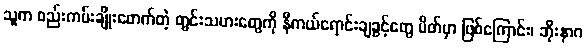
သူက စည်းကမ်းချိုးဖောက်တဲ့ တွင်းသမားတွေကို နီကယ်ရောင်းချခွင့်တွေ ပိတ်မှာ ဖြစ်ကြောင်း၊ ဘိုးနာဂ